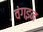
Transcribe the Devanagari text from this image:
वंगइन